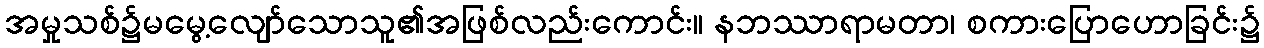
အမှုသစ်၌မမွေ့လျော်သောသူ၏အဖြစ်လည်းကောင်း။ နဘဿာရာမတာ၊ စကားပြောဟောခြင်း၌